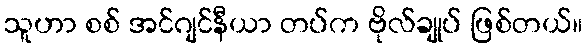
သူဟာ စစ် အင်ဂျင်နီယာ တပ်က ဗိုလ်ချုပ် ဖြစ်တယ်။